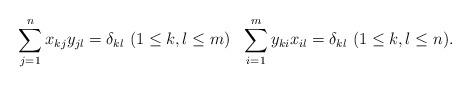
LaTeX: \begin{align*}\sum_{j=1}^nx_{kj}y_{jl}=\delta_{kl}~(1\leq k,l\leq m)~~\sum_{i=1}^my_{ki}x_{il}=\delta_{kl}~(1\leq k,l\leq n).\end{align*}